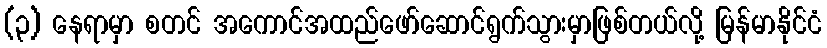
(၃) နေရာမှာ စတင် အကောင်အထည်ဖော်ဆောင်ရွက်သွားမှာဖြစ်တယ်လို့ မြန်မာနိုင်ငံ